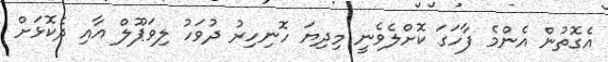
އެގޮތުން އެންމެ ފާހަގަ ކޮށްލެވެނީ މިދިޔަ ހޮނިހިރު ދުވަހު ލިވަޕޫލް އާއި ދެކޮޅަށް